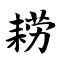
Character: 耢